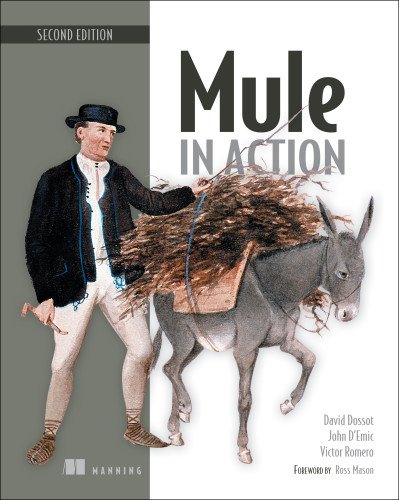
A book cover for Mule in Action; David Dossot; Computers & Technology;